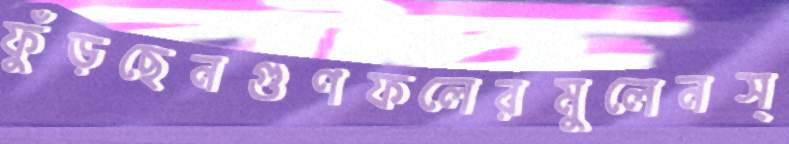
ফুঁড়ছেনগুণফলেরমুলেনস্